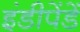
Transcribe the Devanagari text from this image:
इंडीपेंडें